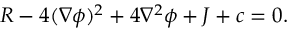
R - 4 ( \nabla \phi ) ^ { 2 } + 4 \nabla ^ { 2 } \phi + J + c = 0 .